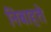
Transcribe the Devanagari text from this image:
निबाहते